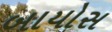
બાયોસ